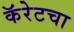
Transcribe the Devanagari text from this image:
कॅरेटचा